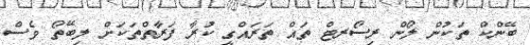
ބޭންކް ތަކުން ލޯން ރިސޯރޓް ތައް ތަރައްގީ ކުރާ ފަރާތްތަކަށް ލިބޭތޯ ވެސް